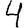
Digit: 4